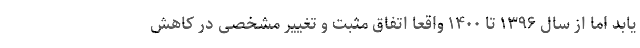
یابد اما از سال ۱۳۹۶ تا ۱۴۰۰ واقعا اتفاق مثبت و تغییر مشخصی در کاهش